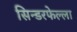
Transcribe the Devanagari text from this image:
सिन्डरफेल्ला